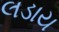
લડાય